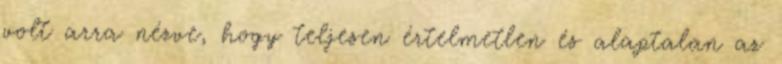
volt arra nézve, hogy teljesen értelmetlen és alaptalan az